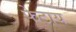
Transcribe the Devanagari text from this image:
फेटाय